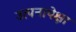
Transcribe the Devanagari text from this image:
उत्पनापेक्षा